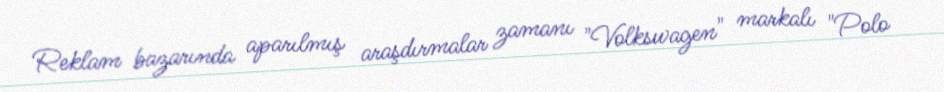
Reklam bazarında aparılmış araşdırmalar zamanı "Volkswagen" markalı "Polo